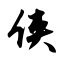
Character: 侠